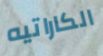
الكاراتيه